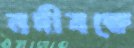
নদীবক্ষে